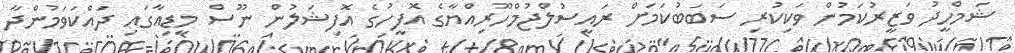
ޝަމްހީދު ވަޒީރުކަމުން ވަކިކުރި ސަބަބުކަމަށް ރައީސުލްޖުމްހޫރިއްޔާގެ އޮފީހުގެ އޮފިޝަލުން ނޫސް މީޑިއާގައި ދައްކަވަމުންދާ